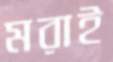
মরাই